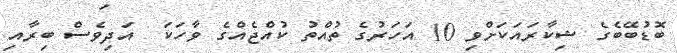
ބޮޑުބޭބެގެ ޝިކާރައަކަށްވި 10 އަހަރުގެ ތުއްތު ކުއްޖެއްގެ ވާހަކަ  އަދިވެސް ބިރާއި